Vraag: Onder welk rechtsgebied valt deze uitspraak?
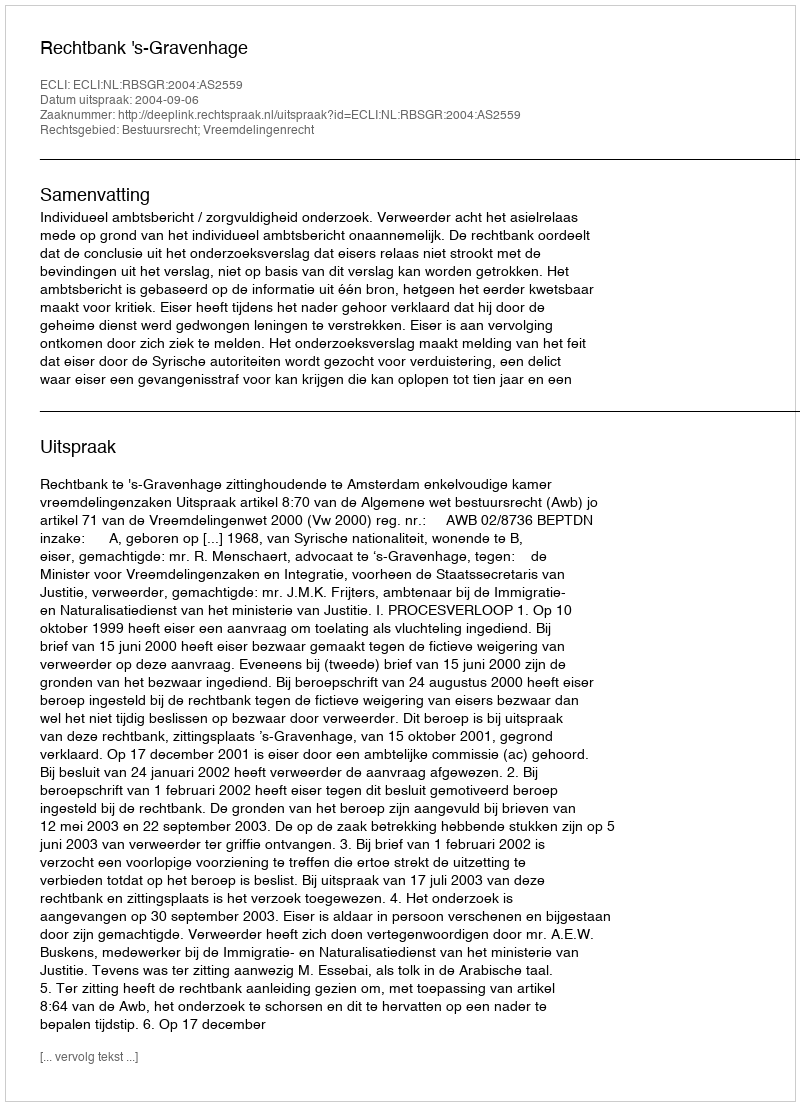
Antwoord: Bestuursrecht; Vreemdelingenrecht